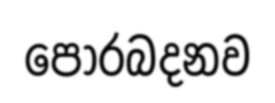
පොරබදනව